Report of an investigation of the epidemic of malarial fever in Assam, or, kala-azar
Disease focus: Malaria
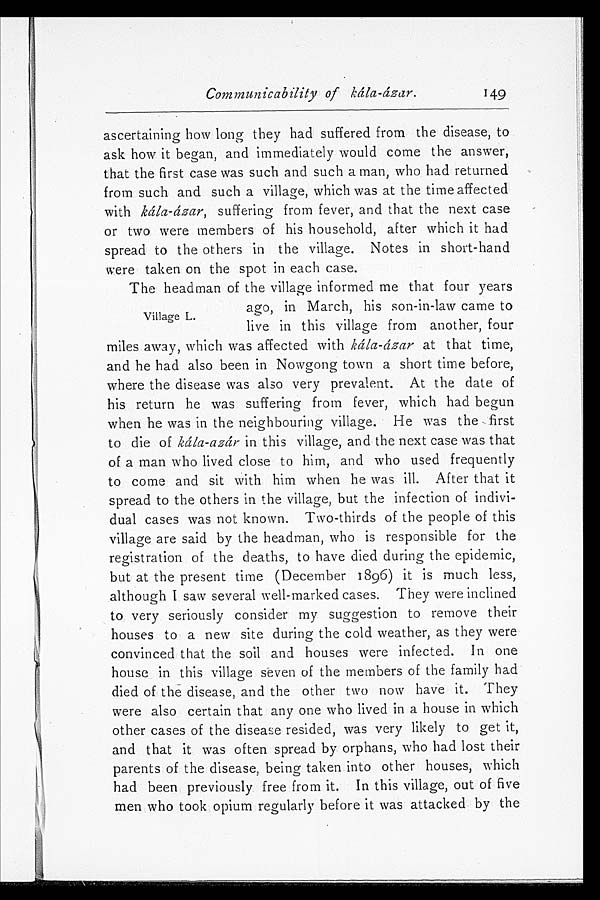
Communicability of kála-ázar.
149
ascertaining how long they had suffered from the disease, to
ask how it began, and immediately would come the answer,
that the first case was such and such a man, who had returned
from such and such a village, which was at the time affected
with kála-ázar, suffering from fever, and that the next case
or two were members of his household, after which it had
spread to the others in the village. Notes in short-hand
were taken on the spot in each case.
Village L.
The headman of the village informed me that four years
ago, in March, his son-in-law came to
live in this village from another, four
miles away, which was affected with kála-ázar at that time,
and he had also been in Nowgong town a short time before,
where the disease was also very prevalent. At the date of
his return he was suffering from fever, which had begun
when he was in the neighbouring village. He was the first
to die of kála-azár in this village, and the next case was that
of a man who lived close to him, and who used frequently
to come and sit with him when he was ill. After that it
spread to the others in the village, but the infection of indivi
- d u a l c a s e s w a s n o t k n o w n . T w o - t h i r d s o f t h e p e o p l e o f t h i s
village are said by the headman, who is responsible for the
registration of the deaths, to have died during the epidemic,
but at the present time (December 1896) it is much less,
although I saw several well-marked cases. They were inclined
to very seriously consider my suggestion to remove their
houses to a new site during the cold weather, as they were
convinced that the soil and houses were infected. In one
house in this village seven of the members of the family had
died of the disease, and the other two now have it. They
were also certain that any one who lived in a house in which
other cases of the disease resided, was very likely to get it,
and that it was often spread by orphans, who had lost their
parents of the disease, being taken into other houses, which
had been previously free from it. In this village, out of five
men who took opium regularly before it was attacked by the